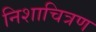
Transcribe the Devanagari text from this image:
निशाचित्रण